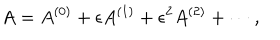
A = A ^ { \left( 0 \right) } + \epsilon A ^ { \left( 1 \right) } + \epsilon ^ { 2 } A ^ { \left( 2 \right) } + \cdots ,